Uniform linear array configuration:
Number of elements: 48
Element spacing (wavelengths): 0.25
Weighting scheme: hann
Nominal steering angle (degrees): -60
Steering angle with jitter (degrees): -59.022
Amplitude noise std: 0.05
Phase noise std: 0.05

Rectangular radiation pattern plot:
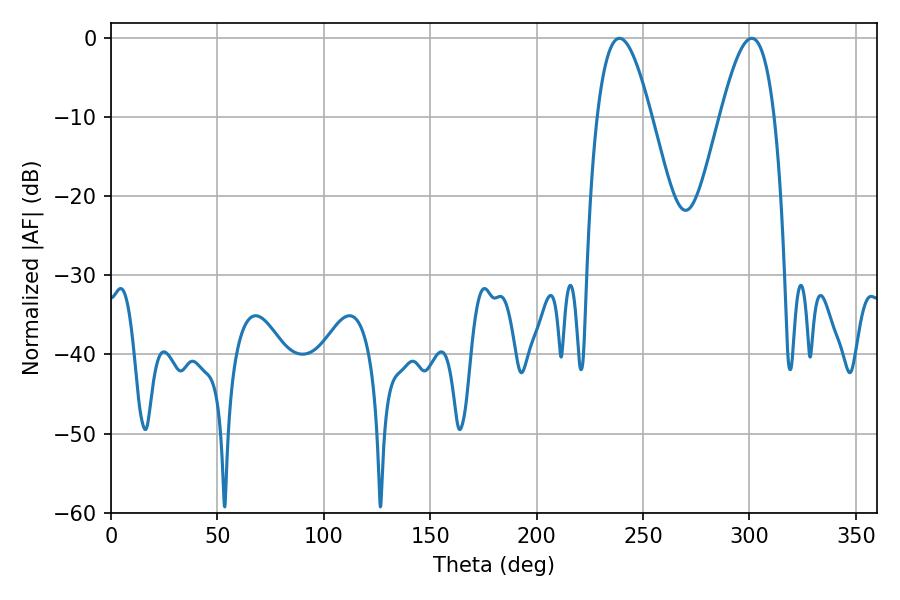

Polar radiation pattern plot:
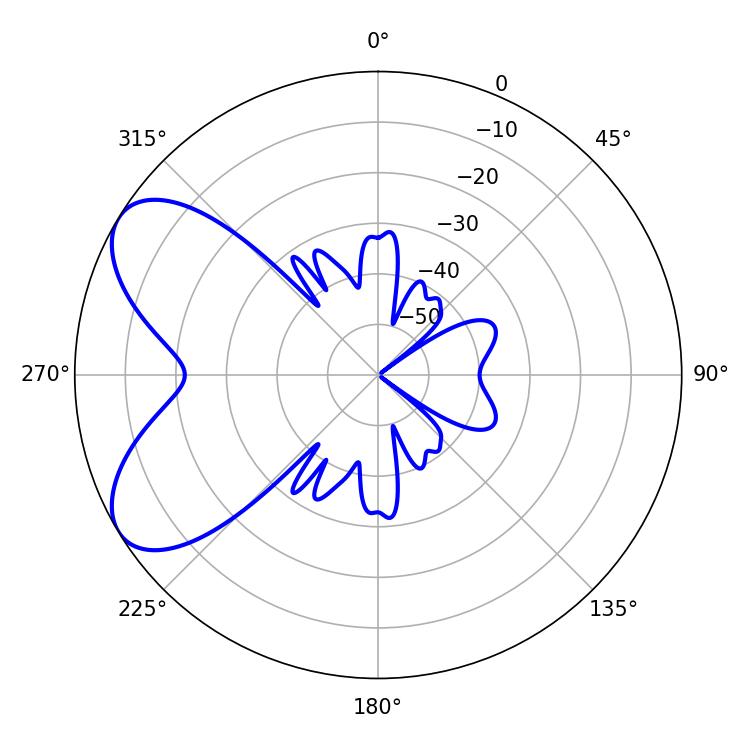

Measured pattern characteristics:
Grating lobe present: FALSE
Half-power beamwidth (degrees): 13.86
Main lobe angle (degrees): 238.86